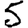
Digit: 5